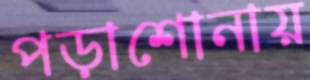
পড়াশোনায়